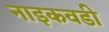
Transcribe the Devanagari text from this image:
नाइकवडी